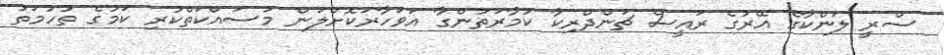
ސްރީ ލަންކާގެ އޭރުގެ ރައީސް ޗަންދްރިކާ ކުމާރަތުންގާ އަވަހާރަކޮށްލަން މަސައްކަތްކުރި ކަމުގެ ތުހުމަތު